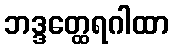
ဘဒ္ဒတ္ထေရဂါထာ